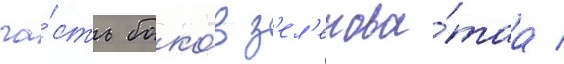
ча́сть боко́в з'ел'енова́таа /